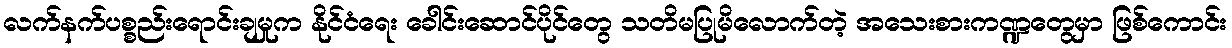
လက်နက်ပစ္စည်းရောင်းချမှုက နိုင်ငံရေး ခေါင်းဆောင်ပိုင်တွေ သတိမပြုမိလောက်တဲ့ အသေးစားကဏ္ဍတွေမှာ ဖြစ်ကောင်း